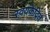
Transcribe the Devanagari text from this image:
स्वयंकेंद्रित